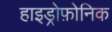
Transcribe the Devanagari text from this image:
हाइड्रोफ़ोनिक